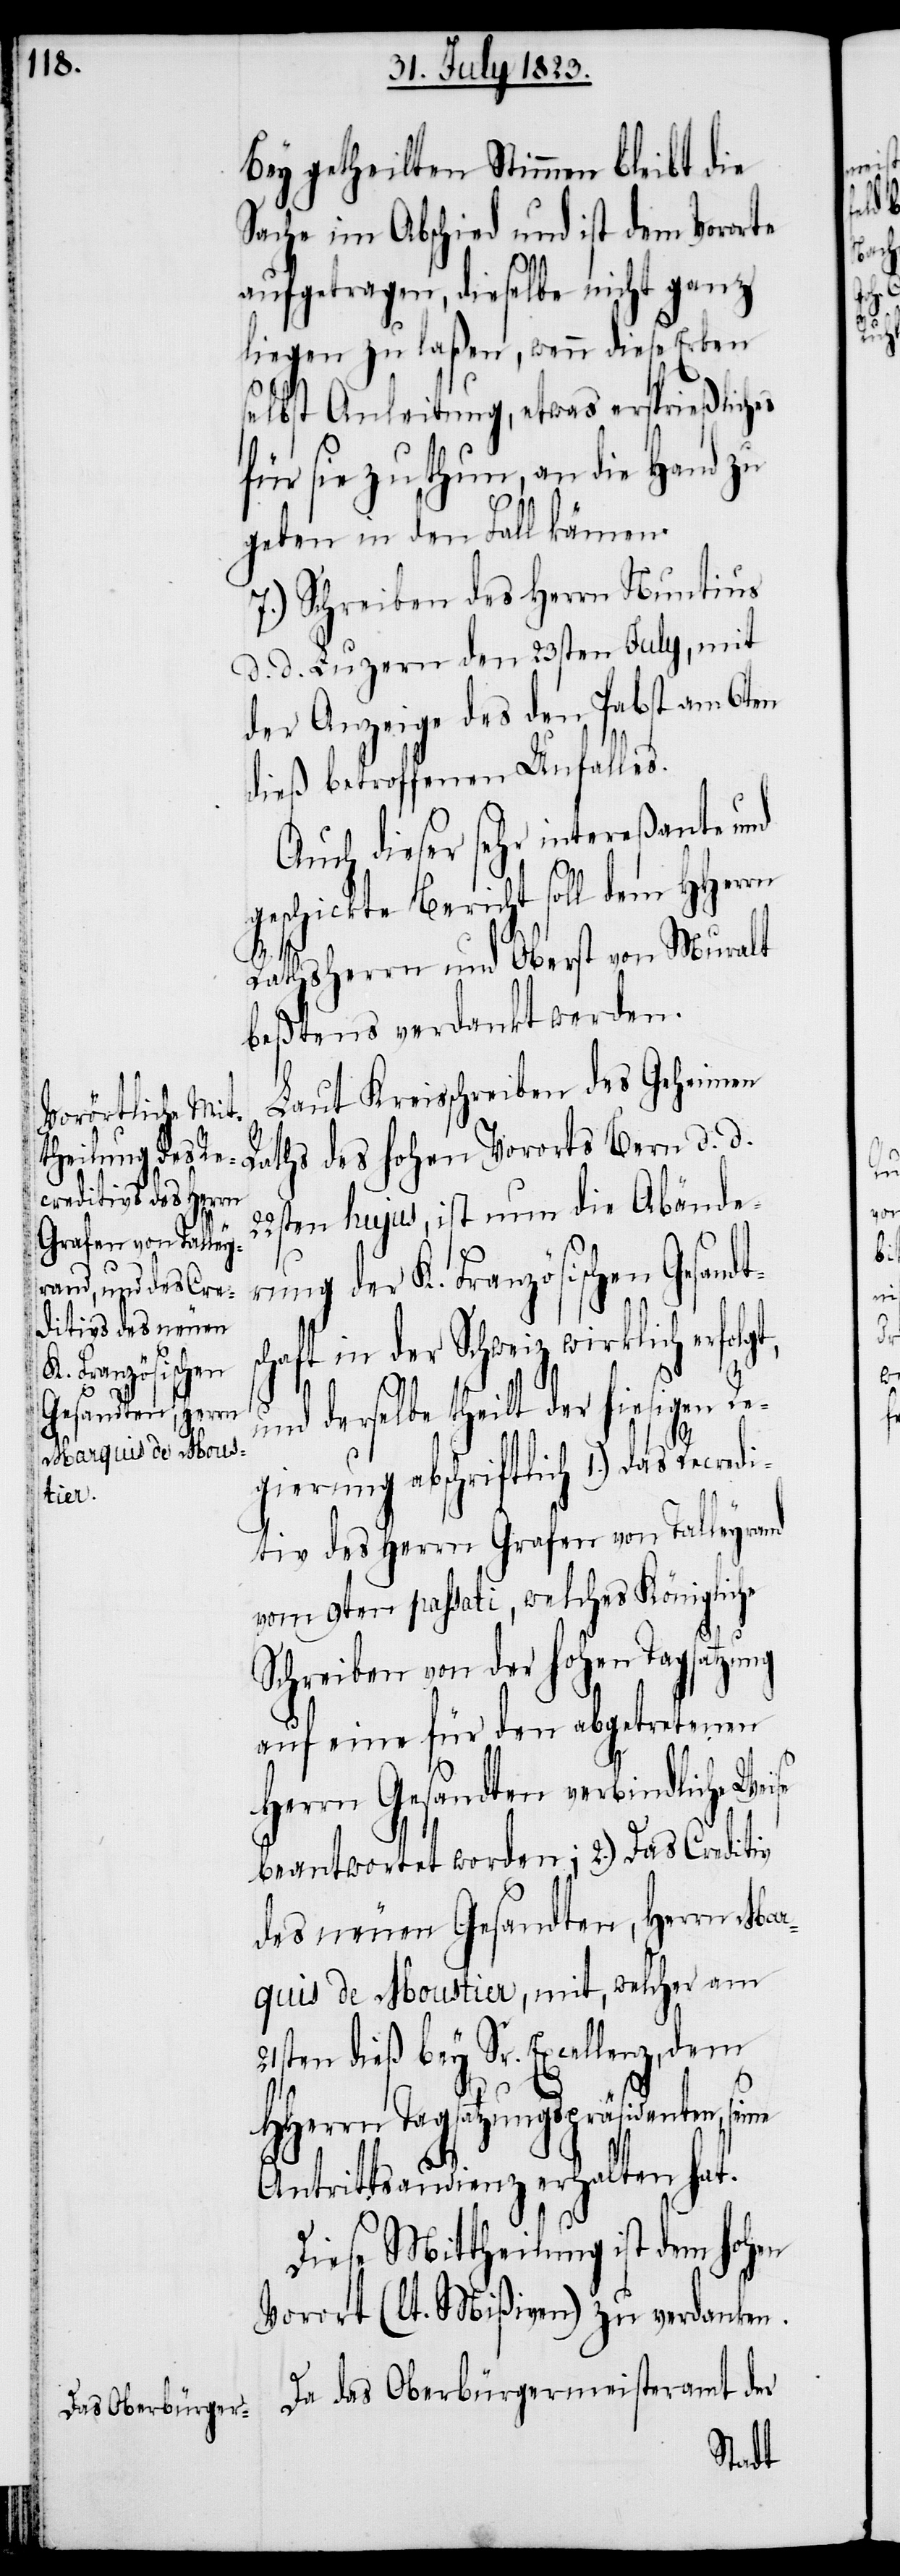
Bey getheilten Stimmen bleibt die
Sache im Abschied und ist dem Vororte
aufgetragen, dieselbe nicht ganz
liegen zu laßen, wenn diese Erben
selbst Anleitung, etwas ersprießliches
für sie zu thun, an die Hand zu
geben in den Fall kämen.
7.) Schreiben des Herrn Nuntius
d. d. Luzern den 23sten July, mit
der Anzeige des den Pabst am 6ten
dieß betroffenen Unfalles.
Auch dieser sehr intereßante und
geschickte Bericht soll dem HHerrn
Re¬
Rathsherrn und Oberst von Muralt
beßtens verdankt werden.
Laut Kreisschreiben des Geheimen
ten hujus, ist nun die Abände¬
rung der K. Französischen Gesan¬
chaft in der Schweiz wirklich erfolg¬
derselbe theilt der hiesigen
gierung abschriftlich 1.) das Recredi¬
dts¬
tiv des Herrn Grafen von Talleyrand
vom 9ten passati, welches Königliche
Schreiben von der hohen Tagsatzung
auf eine für den abgetretenen
Herrn Gesandten verbindliche Wei¬
beantwortet worden; 2.) Das Creditiv
des neuen Gesandten, Herrn Mar¬
quis de Moustier, mit, welcher am
21sten dieß bey Sr. Excellenz, dem
se
HHerrn Tagsatzungspräsidenten,
Antrittsaudienz erhalten hat.
Diese Mittheilung ist dem hohen
Vorort (lt. Mißiven) zu verdanken.
Da das Oberbürgermeisteramt der